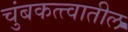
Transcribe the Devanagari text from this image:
चुंबकत्त्वातील